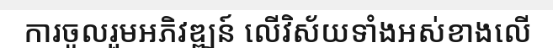
ការចូលរួមអភិវឌ្ឍន៍ លើវិស័យទាំងអស់ខាងលើ